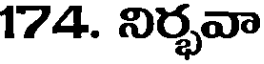
174. నిర్భవా